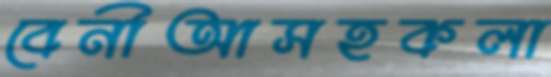
বেনীআসহকলা